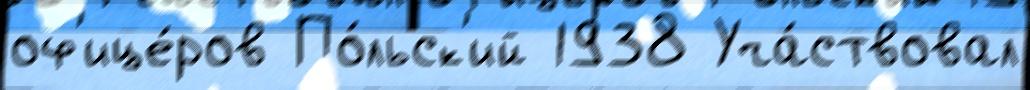
оф'ице́ров По́льск'ий 1938 Уча́ствовал